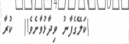
(ކަލޭގެފާނު ވިދާޅުވާށެވެ!)  ކުރާ